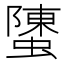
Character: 螴